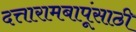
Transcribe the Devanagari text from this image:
दत्तारामबापूंसाठी